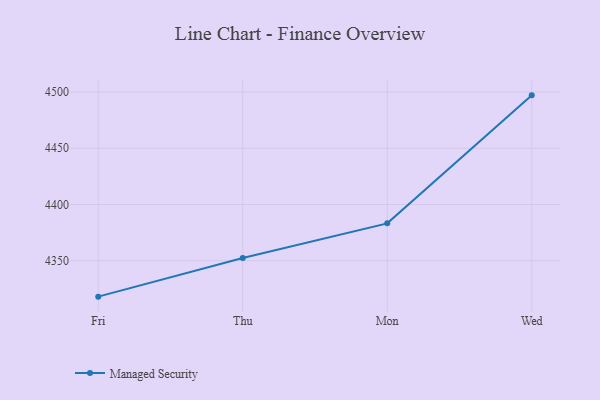
{"axis": {"x": "Day", "y": "Bounce Rate (%)"}, "legend": ["Managed Security"], "data": [{"x": "Fri", "y": 4318.0, "type": "Managed Security"}, {"x": "Thu", "y": 4352.4, "type": "Managed Security"}, {"x": "Mon", "y": 4383.2, "type": "Managed Security"}, {"x": "Wed", "y": 4497.1, "type": "Managed Security"}]}